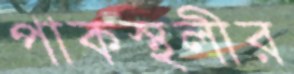
পাকস্থলীর